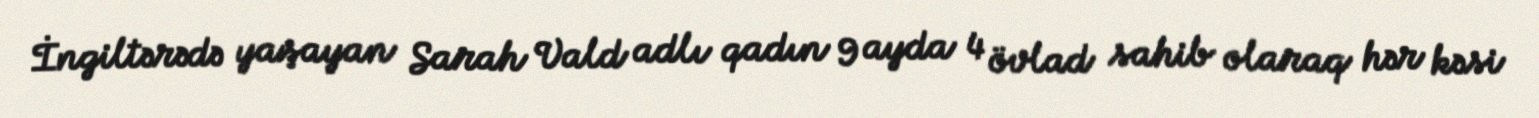
İngiltərədə yaşayan Sarah Vald adlı qadın 9 ayda 4 övlad sahib olaraq hər kəsi